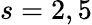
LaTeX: s=2,5